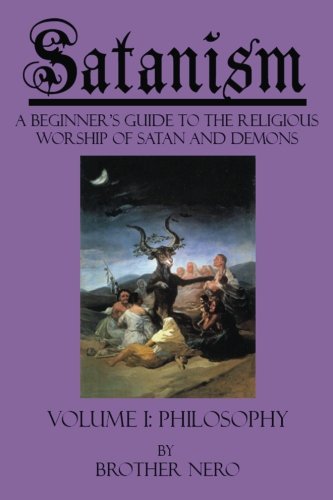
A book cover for Satanism: A Beginner's Guide to the Religious Worship of Satan and Demons Volume I: Philosophy; Brother Nero; Religion & Spirituality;